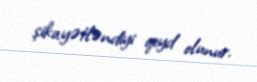
şikayətləndiyi qeyd olunur.